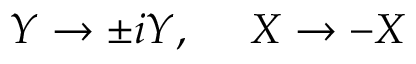
Y \rightarrow \pm i Y , \ \ \ \ X \rightarrow - X